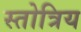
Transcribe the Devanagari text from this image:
स्तोत्रिय